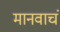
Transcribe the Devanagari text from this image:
मानवाचं